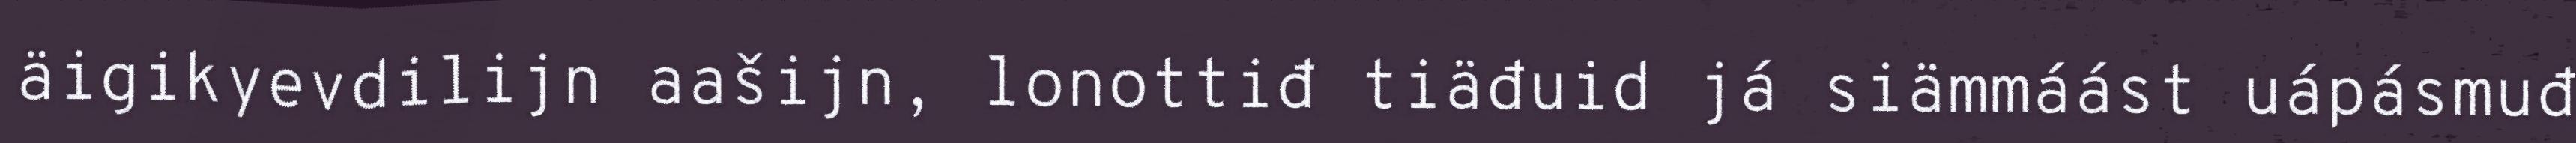
äigikyevdilijn aašijn, lonottiđ tiäđuid já siämmáást uápásmuđ